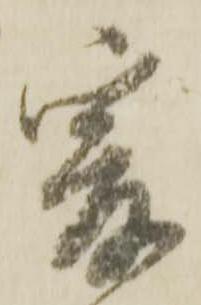
爰